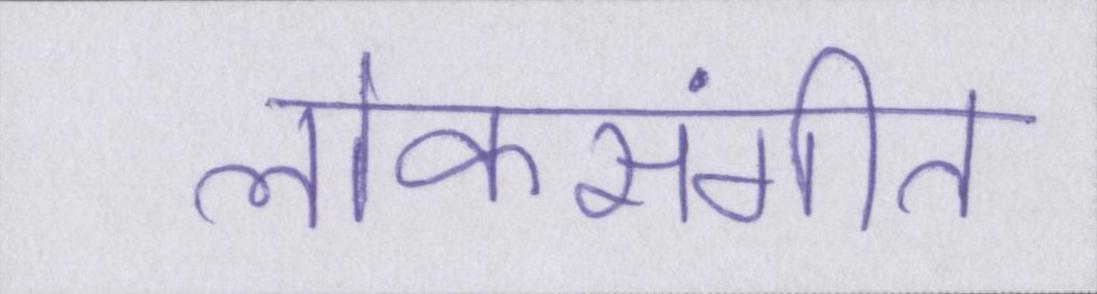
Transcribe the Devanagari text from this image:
लोकसंगीत